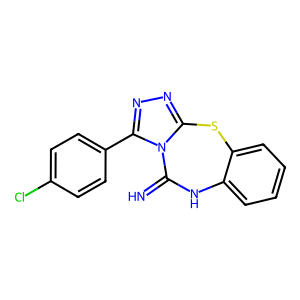
SMILES: N=C1Nc2ccccc2Sc2nnc(-c3ccc(Cl)cc3)n21
Inhibits HIV replication: No